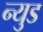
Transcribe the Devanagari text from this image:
न्युड